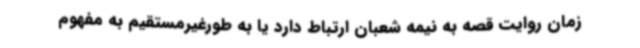
زمان روایت قصه به نیمه شعبان ارتباط دارد یا به طورغیرمستقیم به مفهوم